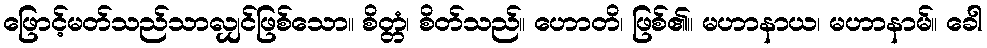
ဖြောင့်မတ်သည်သာလျှင်ဖြစ်သော။ စိတ္တံ၊ စိတ်သည်။ ဟောတိ၊ ဖြစ်၏။ မဟာနာယ၊ မဟာနာမ်။ ခေါ